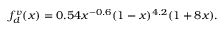
f _ { d } ^ { v } ( x ) = 0 . 5 4 x ^ { - 0 . 6 } ( 1 - x ) ^ { 4 . 2 } ( 1 + 8 x ) .